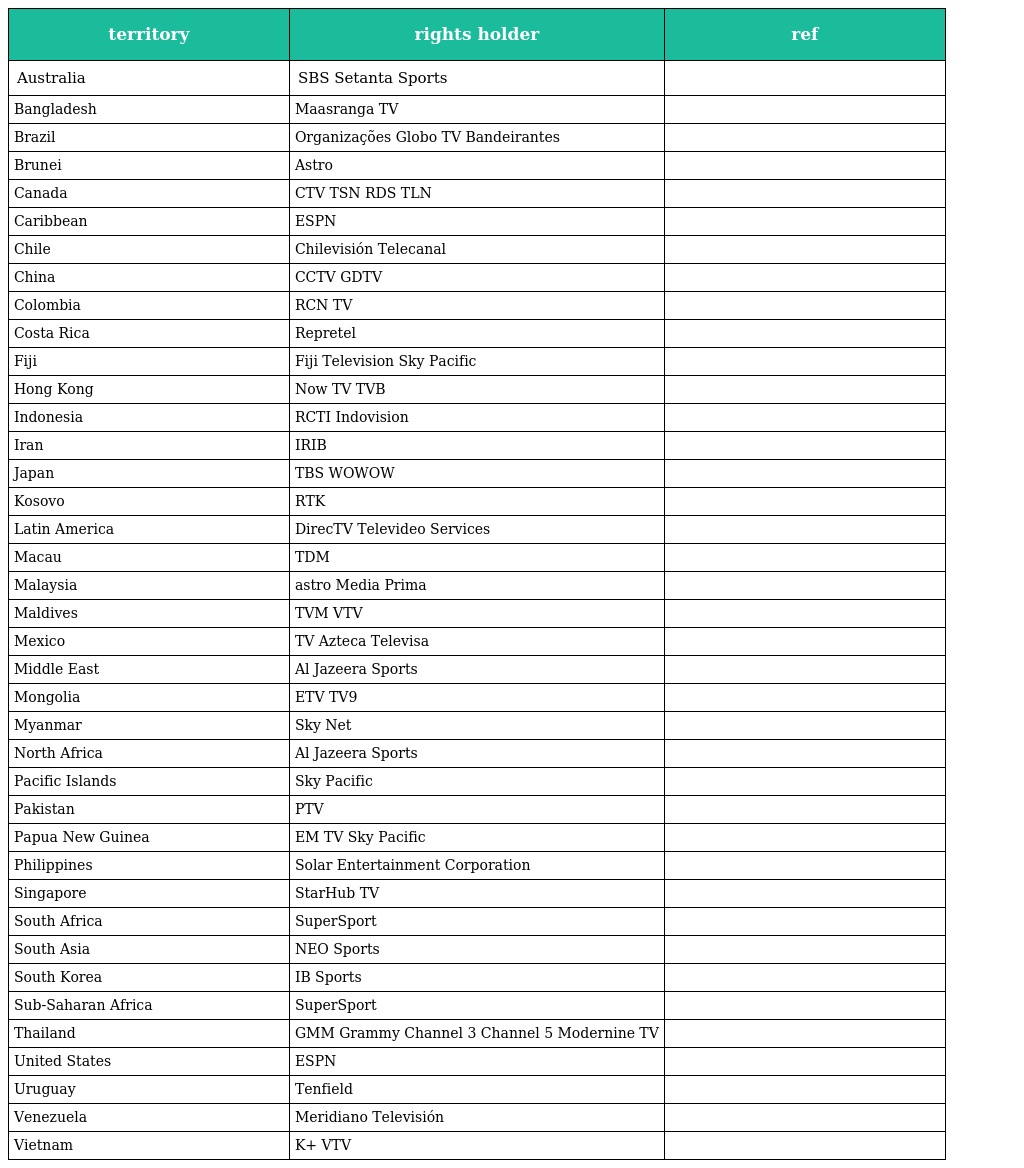
| territory | rights holder | ref |
 | --- | --- | --- |
 | Australia | SBS Setanta Sports |  |
 | Bangladesh | Maasranga TV |  |
 | Brazil | Organizações Globo TV Bandeirantes |  |
 | Brunei | Astro |  |
 | Canada | CTV TSN RDS TLN |  |
 | Caribbean | ESPN |  |
 | Chile | Chilevisión Telecanal |  |
 | China | CCTV GDTV |  |
 | Colombia | RCN TV |  |
 | Costa Rica | Repretel |  |
 | Fiji | Fiji Television Sky Pacific |  |
 | Hong Kong | Now TV TVB |  |
 | Indonesia | RCTI Indovision |  |
 | Iran | IRIB |  |
 | Japan | TBS WOWOW |  |
 | Kosovo | RTK |  |
 | Latin America | DirecTV Televideo Services |  |
 | Macau | TDM |  |
 | Malaysia | astro Media Prima |  |
 | Maldives | TVM VTV |  |
 | Mexico | TV Azteca Televisa |  |
 | Middle East | Al Jazeera Sports |  |
 | Mongolia | ETV TV9 |  |
 | Myanmar | Sky Net |  |
 | North Africa | Al Jazeera Sports |  |
 | Pacific Islands | Sky Pacific |  |
 | Pakistan | PTV |  |
 | Papua New Guinea | EM TV Sky Pacific |  |
 | Philippines | Solar Entertainment Corporation |  |
 | Singapore | StarHub TV |  |
 | South Africa | SuperSport |  |
 | South Asia | NEO Sports |  |
 | South Korea | IB Sports |  |
 | Sub-Saharan Africa | SuperSport |  |
 | Thailand | GMM Grammy Channel 3 Channel 5 Modernine TV |  |
 | United States | ESPN |  |
 | Uruguay | Tenfield |  |
 | Venezuela | Meridiano Televisión |  |
 | Vietnam | K+ VTV |  |